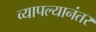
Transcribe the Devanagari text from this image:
व्यापल्यानंतर